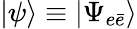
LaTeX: |\psi\rangle\equiv|\Psi_{e\bar{e}}\rangle